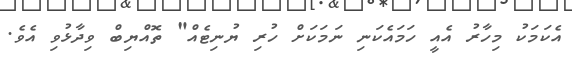
އެކަމަކު މިހާރު އެއީ ހަމައެކަނި ނަމަކަށް ހުރި ޔުނިޓެއް" ތޮއްޔިބް ވިދާޅުވި އެވެ.